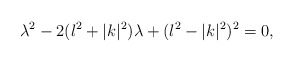
\begin{align*}\lambda^2 - 2(l^2+|k|^2)\lambda +(l^2-|k|^2)^2=0,\end{align*}